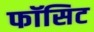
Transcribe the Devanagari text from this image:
फॉसिट